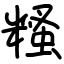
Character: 糔